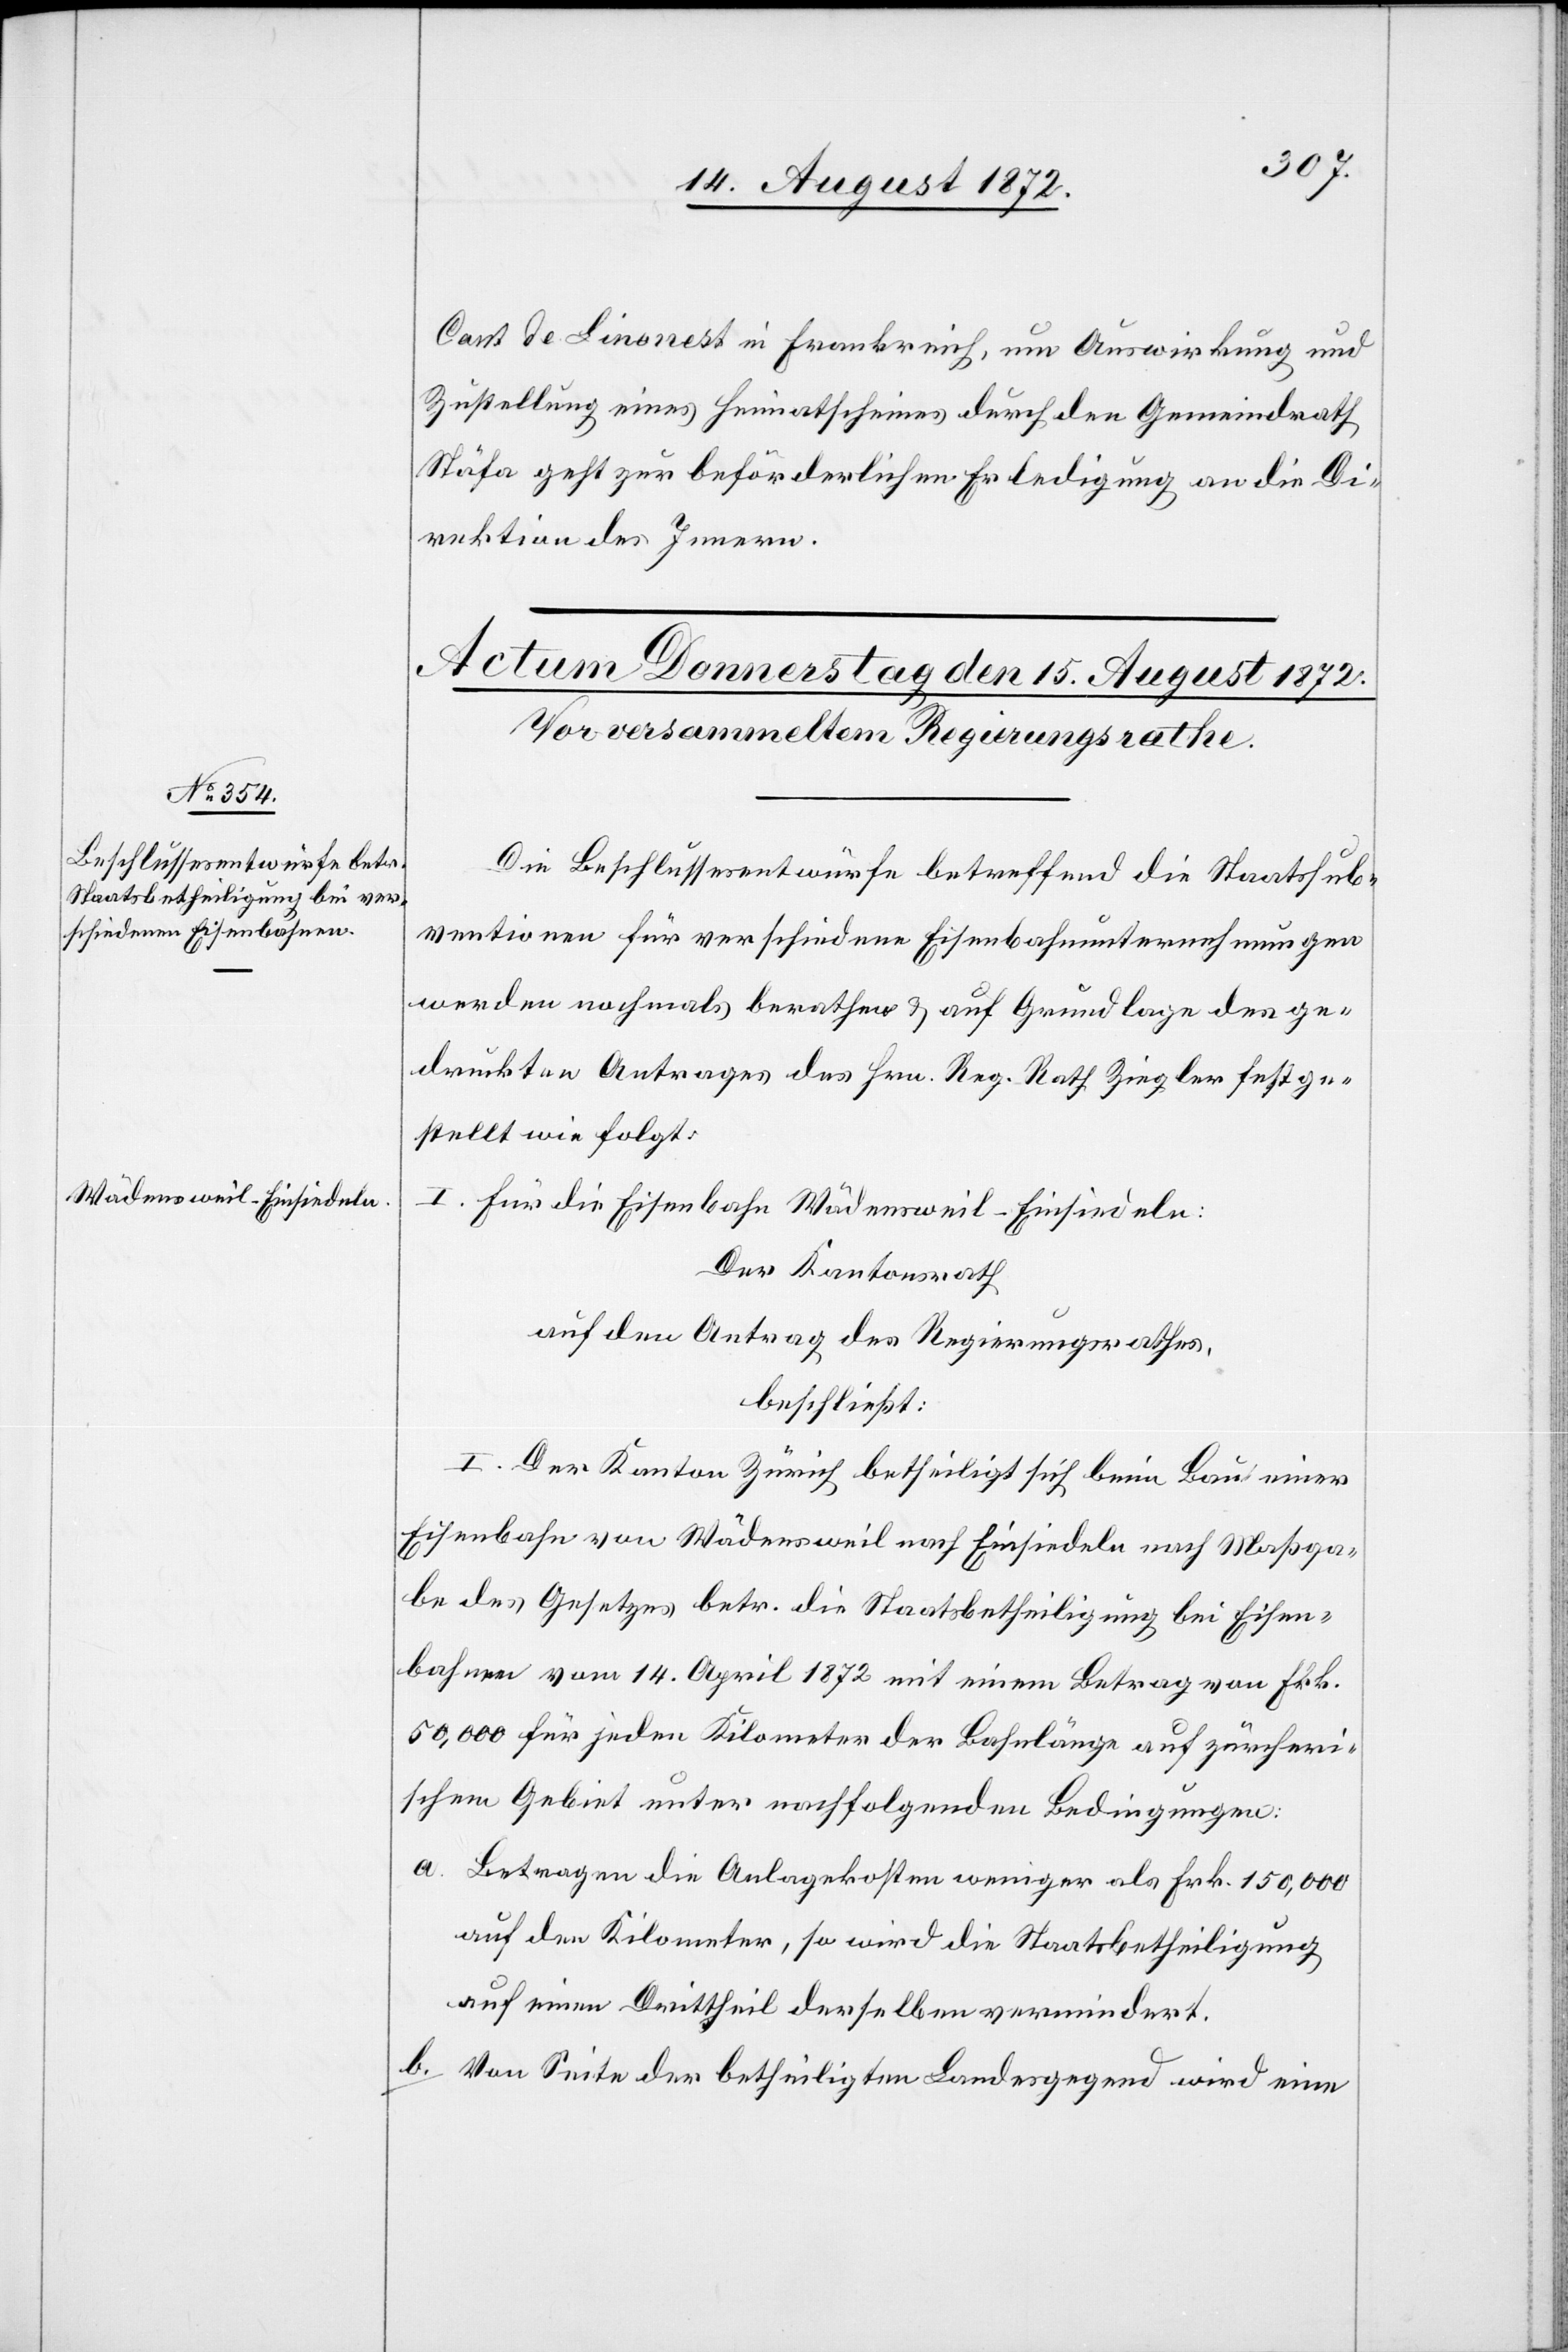
[recte: Limonest] in Frankreich, um Auswirkung und
Zustellung eines Heimatscheines durch den Gemeindrath
Stäfa geht zur beförderlichen Erledigung an die Di¬
rektion des Innern.
Die Beschlussesentwürfe betreffend die Staatssub¬
ventionen für verschiedene Eisenbahnunternehmungen
werden nochmals berathen u. auf Grundlage des ge¬
druckten Antrages des Hrn. Reg. Rath Ziegler festge¬
stellt wie folgt:
I. Für die Eisenbahn Wädensweil–Einsiedeln:
Der Kantonsrath
auf den Antrag des Regierungsrathes,
beschließt:
I. Der Kanton Zürich betheiligt sich beim Bau einer
Eisenbahn von Wädensweil nach Einsiedeln nach Maßga¬
be des Gesetzes betr. die Staatsbetheiligung bei Eisen¬
bahnen vom 14. April 1872 mit einem Betrag von Frk.
50,000 für jeden Kilometer der Bahnlänge auf zürcheri¬
schem Gebiet unter nachfolgenden Bedingungen:
a. Betragen die Anlagekosten weniger als Frk. 150,000
auf den Kilometer, so wird die Staatsbetheiligung
auf einen Drittheil derselben vermindert.
b. Von Seite der betheiligten Landesgegend wird eine